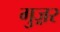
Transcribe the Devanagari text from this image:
गुज़़र